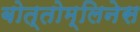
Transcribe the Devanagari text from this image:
बोत्तोम्लिनेस